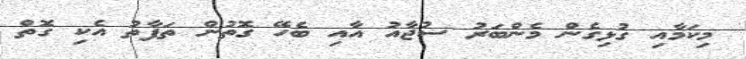
މިކަމާއި ގުޅިގެން މެންބަރު ސުޖާއު އާއި ބެހޭ ގޮތުން ތަފާތު އެކި ގޮތް